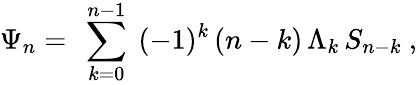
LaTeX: \Psi_{n}=\ \sum_{k=0}^{n-1}\ (-1)^{k}\, (n-k)\, \Lambda_{k}\, S_{n-k}\ ,